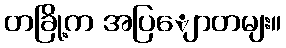
တခြို့က အပြျောတမျး။